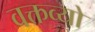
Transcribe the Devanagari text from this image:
वक्तव्यो